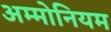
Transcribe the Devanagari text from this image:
अम्मोनियम